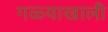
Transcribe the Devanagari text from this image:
गळ्याखाली